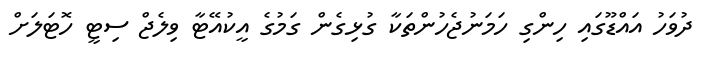
ދުވަހު އައްޑޫގައި ހިންގި ހަމަނުޖެހުންތަކާ ގުޅިގެން ގަމުގެ އީކުއޭޓާ ވިލެޖް ސިޓީ ހޮޓަލަށް